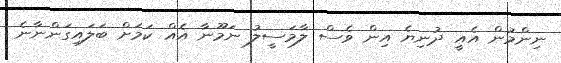
ނިންމުން އެއީ ދުނިޔެ އިން ވެސް ލާމަސީލު ނަމޫނާ އެއް ކަަމަށް ބަލައިގަންނާނެ